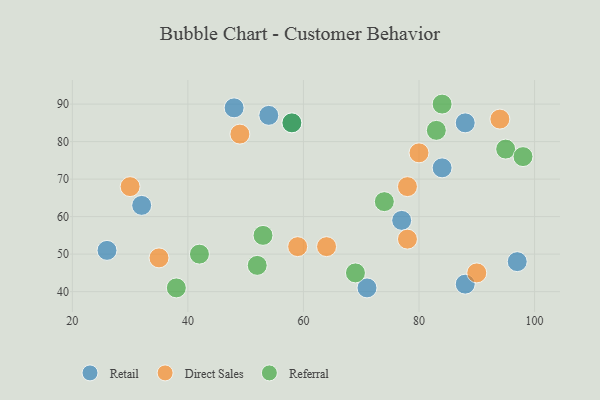
{"axis": {"x": "GDP", "y": "Life Expectancy"}, "legend": ["Direct Sales", "Referral", "Retail"], "data": [{"x": "97", "y": 48, "type": "Retail"}, {"x": "77", "y": 59, "type": "Retail"}, {"x": "54", "y": 87, "type": "Retail"}, {"x": "58", "y": 85, "type": "Retail"}, {"x": "88", "y": 85, "type": "Retail"}, {"x": "32", "y": 63, "type": "Retail"}, {"x": "48", "y": 89, "type": "Retail"}, {"x": "84", "y": 73, "type": "Retail"}, {"x": "71", "y": 41, "type": "Retail"}, {"x": "26", "y": 51, "type": "Retail"}, {"x": "88", "y": 42, "type": "Retail"}, {"x": "49", "y": 82, "type": "Direct Sales"}, {"x": "94", "y": 86, "type": "Direct Sales"}, {"x": "59", "y": 52, "type": "Direct Sales"}, {"x": "30", "y": 68, "type": "Direct Sales"}, {"x": "35", "y": 49, "type": "Direct Sales"}, {"x": "78", "y": 68, "type": "Direct Sales"}, {"x": "90", "y": 45, "type": "Direct Sales"}, {"x": "78", "y": 54, "type": "Direct Sales"}, {"x": "64", "y": 52, "type": "Direct Sales"}, {"x": "80", "y": 77, "type": "Direct Sales"}, {"x": "83", "y": 83, "type": "Referral"}, {"x": "95", "y": 78, "type": "Referral"}, {"x": "69", "y": 45, "type": "Referral"}, {"x": "38", "y": 41, "type": "Referral"}, {"x": "53", "y": 55, "type": "Referral"}, {"x": "42", "y": 50, "type": "Referral"}, {"x": "58", "y": 85, "type": "Referral"}, {"x": "84", "y": 90, "type": "Referral"}, {"x": "74", "y": 64, "type": "Referral"}, {"x": "52", "y": 47, "type": "Referral"}, {"x": "98", "y": 76, "type": "Referral"}]}